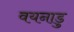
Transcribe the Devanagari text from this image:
वयनाडु